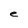
Character: e